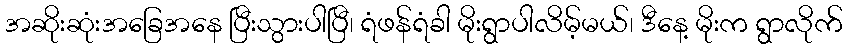
အဆိုးဆုံးအခြေအနေ ပြီးသွားပါပြီ၊ ရံဖန်ရံခါ မိုးရွာပါလိမ့်မယ်၊ ဒီနေ့ မိုးက ရွာလိုက်